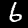
Digit: 6